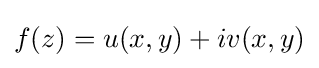
f(z)=u(x,y)+iv(x,y)